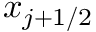
{ { x } _ { j + 1 / 2 } }